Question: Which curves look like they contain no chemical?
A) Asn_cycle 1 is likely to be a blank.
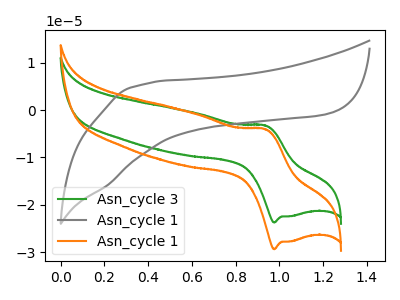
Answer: <think>The green curve "Asn_cycle 3" has an anodic peak at (0.95V, -3.25uA) and a cathodic peak at (1.00V, -23.75uA). The gray curve "Asn_cycle 1" has no peaks. The orange curve "Asn_cycle 1" has an anodic peak at (0.95V, -4.05uA) and a cathodic peak at (1.00V, -29.40uA).</think>
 <answer>A) "Asn_cycle 1" is likely to be a blank.</answer>
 <eval>A</eval>